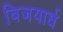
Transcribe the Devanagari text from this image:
विजयार्ध